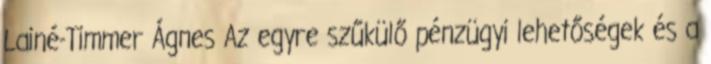
Lainé-Timmer Ágnes Az egyre szűkülő pénzügyi lehetőségek és a